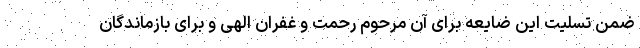
ضمن تسلیت این ضایعه برای آن مرحوم رحمت و غفران الهی و برای بازماندگان